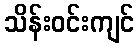
သိန်းဝင်းကျင်